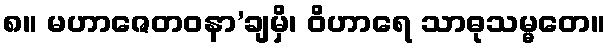
၈။ မဟာဇေတဝနာ’ချမှိ၊ ဝိဟာရေ သာဓုသမ္မတေ။